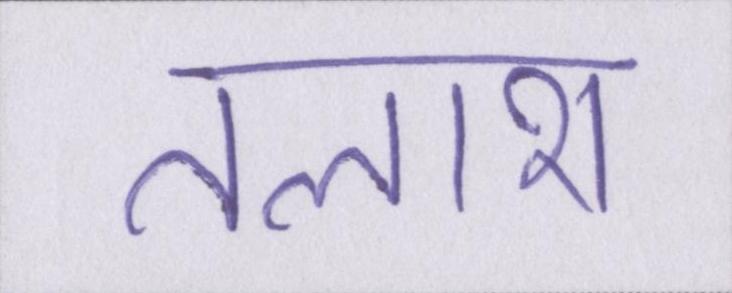
तलाश